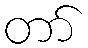
တာ်